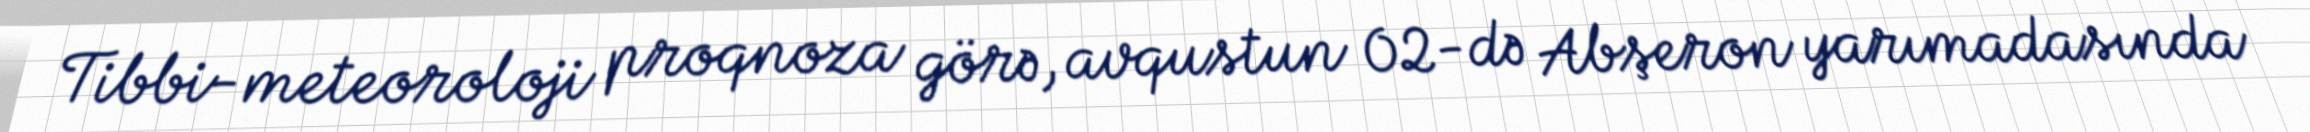
Tibbi-meteoroloji proqnoza görə, avqustun 02-də Abşeron yarımadasında